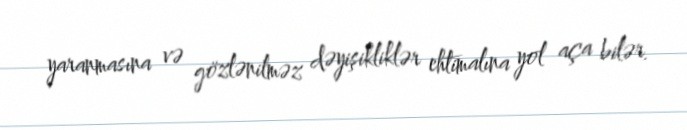
yaranmasına və gözlənilməz dəyişikliklər ehtimalına yol aça bilər.